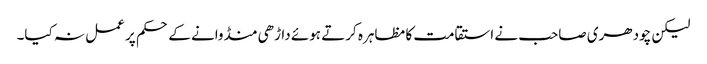
لیکن چودھری صاحب نے استقامت کا مظاہرہ کرتے ہوئے داڑھی منڈوانے کے حکم پر عمل نہ کیا۔